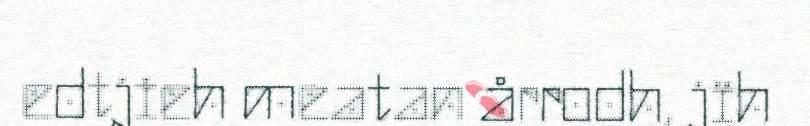
edtjieh meatan årrodh, jïh